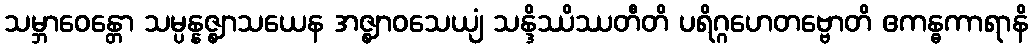
သမ္ဘာဝေန္တော သမ္ပန္နဇ္ဈာသယေန အဇ္ဈာဝသေယျံ သန္ဒိဿိဿတီတိ ပရိဂ္ဂဟေတဗ္ဗောတိ ဧကန္ဓကာရာနိ